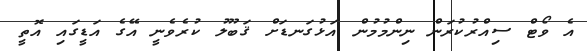
އެ ވޯޓް ސިއްރުކުރަން ނިންމުމުން އަޅުގަނޑަށް ޤަބޫލު ކުރެވެނީ އޭގެ އަޑީގައި އޮތީ